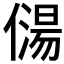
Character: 𠎯